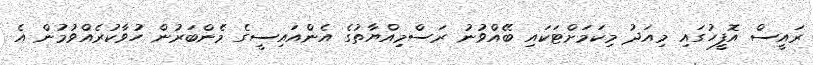
ރައީސް އޮފީހުގައި މިއަދު މިކަމަށްޓަކައި ބޭއްވުނު ރަސްމިއްޔާތުގެ އެންއައިސީގެ މެންބަރުން ހުވާކުރެއްވުމުން އެ